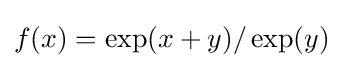
f(x)=\exp(x+y)/\exp(y)